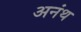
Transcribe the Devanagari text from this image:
अनंथ